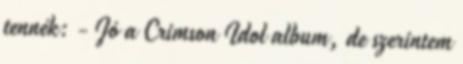
tennék: - Jó a Crimson Idol album, de szerintem